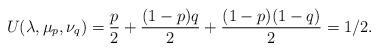
LaTeX: \begin{align*}U(\lambda, \mu_{p}, \nu_{q}) =\frac{p}{2} + \frac{(1 - p)q}{2} + \frac{(1 - p)(1 - q)}{2} = 1/2. \end{align*}